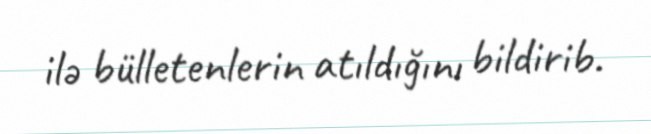
ilə bülletenlerin atıldığını bildirib.